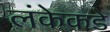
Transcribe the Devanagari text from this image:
लंकेकडे